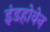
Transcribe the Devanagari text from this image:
इंडहोवेन